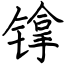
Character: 镎